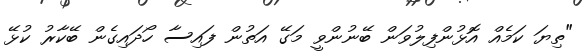
"ތިޔަ ކަމެއް އޮޅުންފިލުވަން ބޭނުންވީ މަގޭ އަތުން ފައިސާ ހޯދައިގެން ބޭކާރު ކުޅޭ